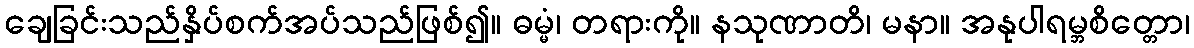
ချေခြင်းသည်နှိပ်စက်အပ်သည်ဖြစ်၍။ ဓမ္မံ၊ တရားကို။ နသုဏာတိ၊ မနာ။ အနုပါရမ္ဘစိတ္တော၊